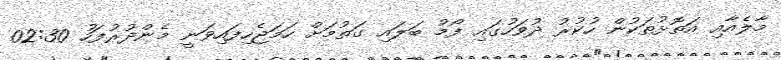
މާލެއާއި އަތޮޅުތަކުން ހުކުރު ދުވަހުގައި ފޯމު ބަލައި ގަތުމަށް ހަމަޖެހިފައިވަނީ މެންދުރުފަހު 02:30